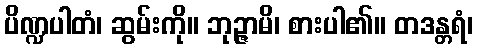
ပိဏ္ဍပါတံ၊ ဆွမ်းကို။ ဘုဉ္ဇာမိ၊ စားပါ၏။ တဒန္တရံ၊